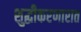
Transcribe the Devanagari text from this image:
शुद्धीकरणारात